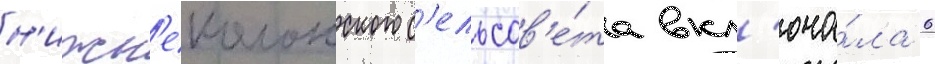
н'ижн'еколонского с'ельсов'е́та вкл'юча́ла 6